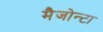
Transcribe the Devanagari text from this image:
मैजोन्टा